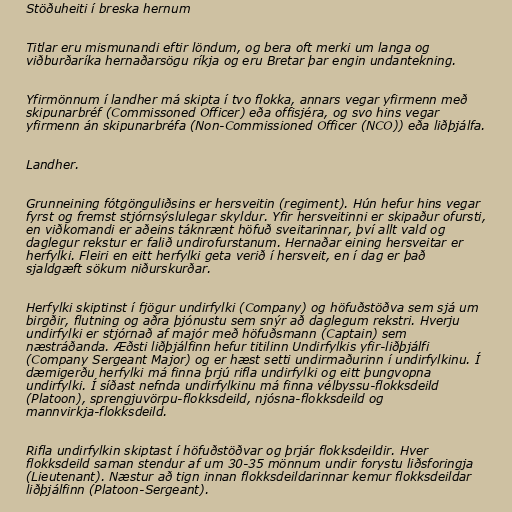
Stöðuheiti í breska hernum

Titlar eru mismunandi eftir löndum, og bera oft merki um langa og
viðburðaríka hernaðarsögu ríkja og eru Bretar þar engin undantekning.

Yfirmönnum í landher má skipta í tvo flokka, annars vegar yfirmenn með
skipunarbréf (Commissoned Officer) eða offisjéra, og svo hins vegar
yfirmenn án skipunarbréfa (Non-Commissioned Officer (NCO)) eða liðþjálfa.

Landher.

Grunneining fótgönguliðsins er hersveitin (regiment). Hún hefur hins vegar
fyrst og fremst stjórnsýslulegar skyldur. Yfir hersveitinni er skipaður ofursti,
en viðkomandi er aðeins táknrænt höfuð sveitarinnar, því allt vald og
daglegur rekstur er falið undirofurstanum. Hernaðar eining hersveitar er
herfylki. Fleiri en eitt herfylki geta verið í hersveit, en í dag er það
sjaldgæft sökum niðurskurðar.

Herfylki skiptinst í fjögur undirfylki (Company) og höfuðstöðva sem sjá um
birgðir, flutning og aðra þjónustu sem snýr að daglegum rekstri. Hverju
undirfylki er stjórnað af majór með höfuðsmann (Captain) sem
næstráðanda. Æðsti liðþjálfinn hefur titilinn Undirfylkis yfir-liðþjálfi
(Company Sergeant Major) og er hæst setti undirmaðurinn í undirfylkinu. Í
dæmigerðu herfylki má finna þrjú rifla undirfylki og eitt þungvopna
undirfylki. Í síðast nefnda undirfylkinu má finna vélbyssu-flokksdeild
(Platoon), sprengjuvörpu-flokksdeild, njósna-flokksdeild og
mannvirkja-flokksdeild.

Rifla undirfylkin skiptast í höfuðstöðvar og þrjár flokksdeildir. Hver
flokksdeild saman stendur af um 30-35 mönnum undir forystu liðsforingja
(Lieutenant). Næstur að tign innan flokksdeildarinnar kemur flokksdeildar
liðþjálfinn (Platoon-Sergeant).